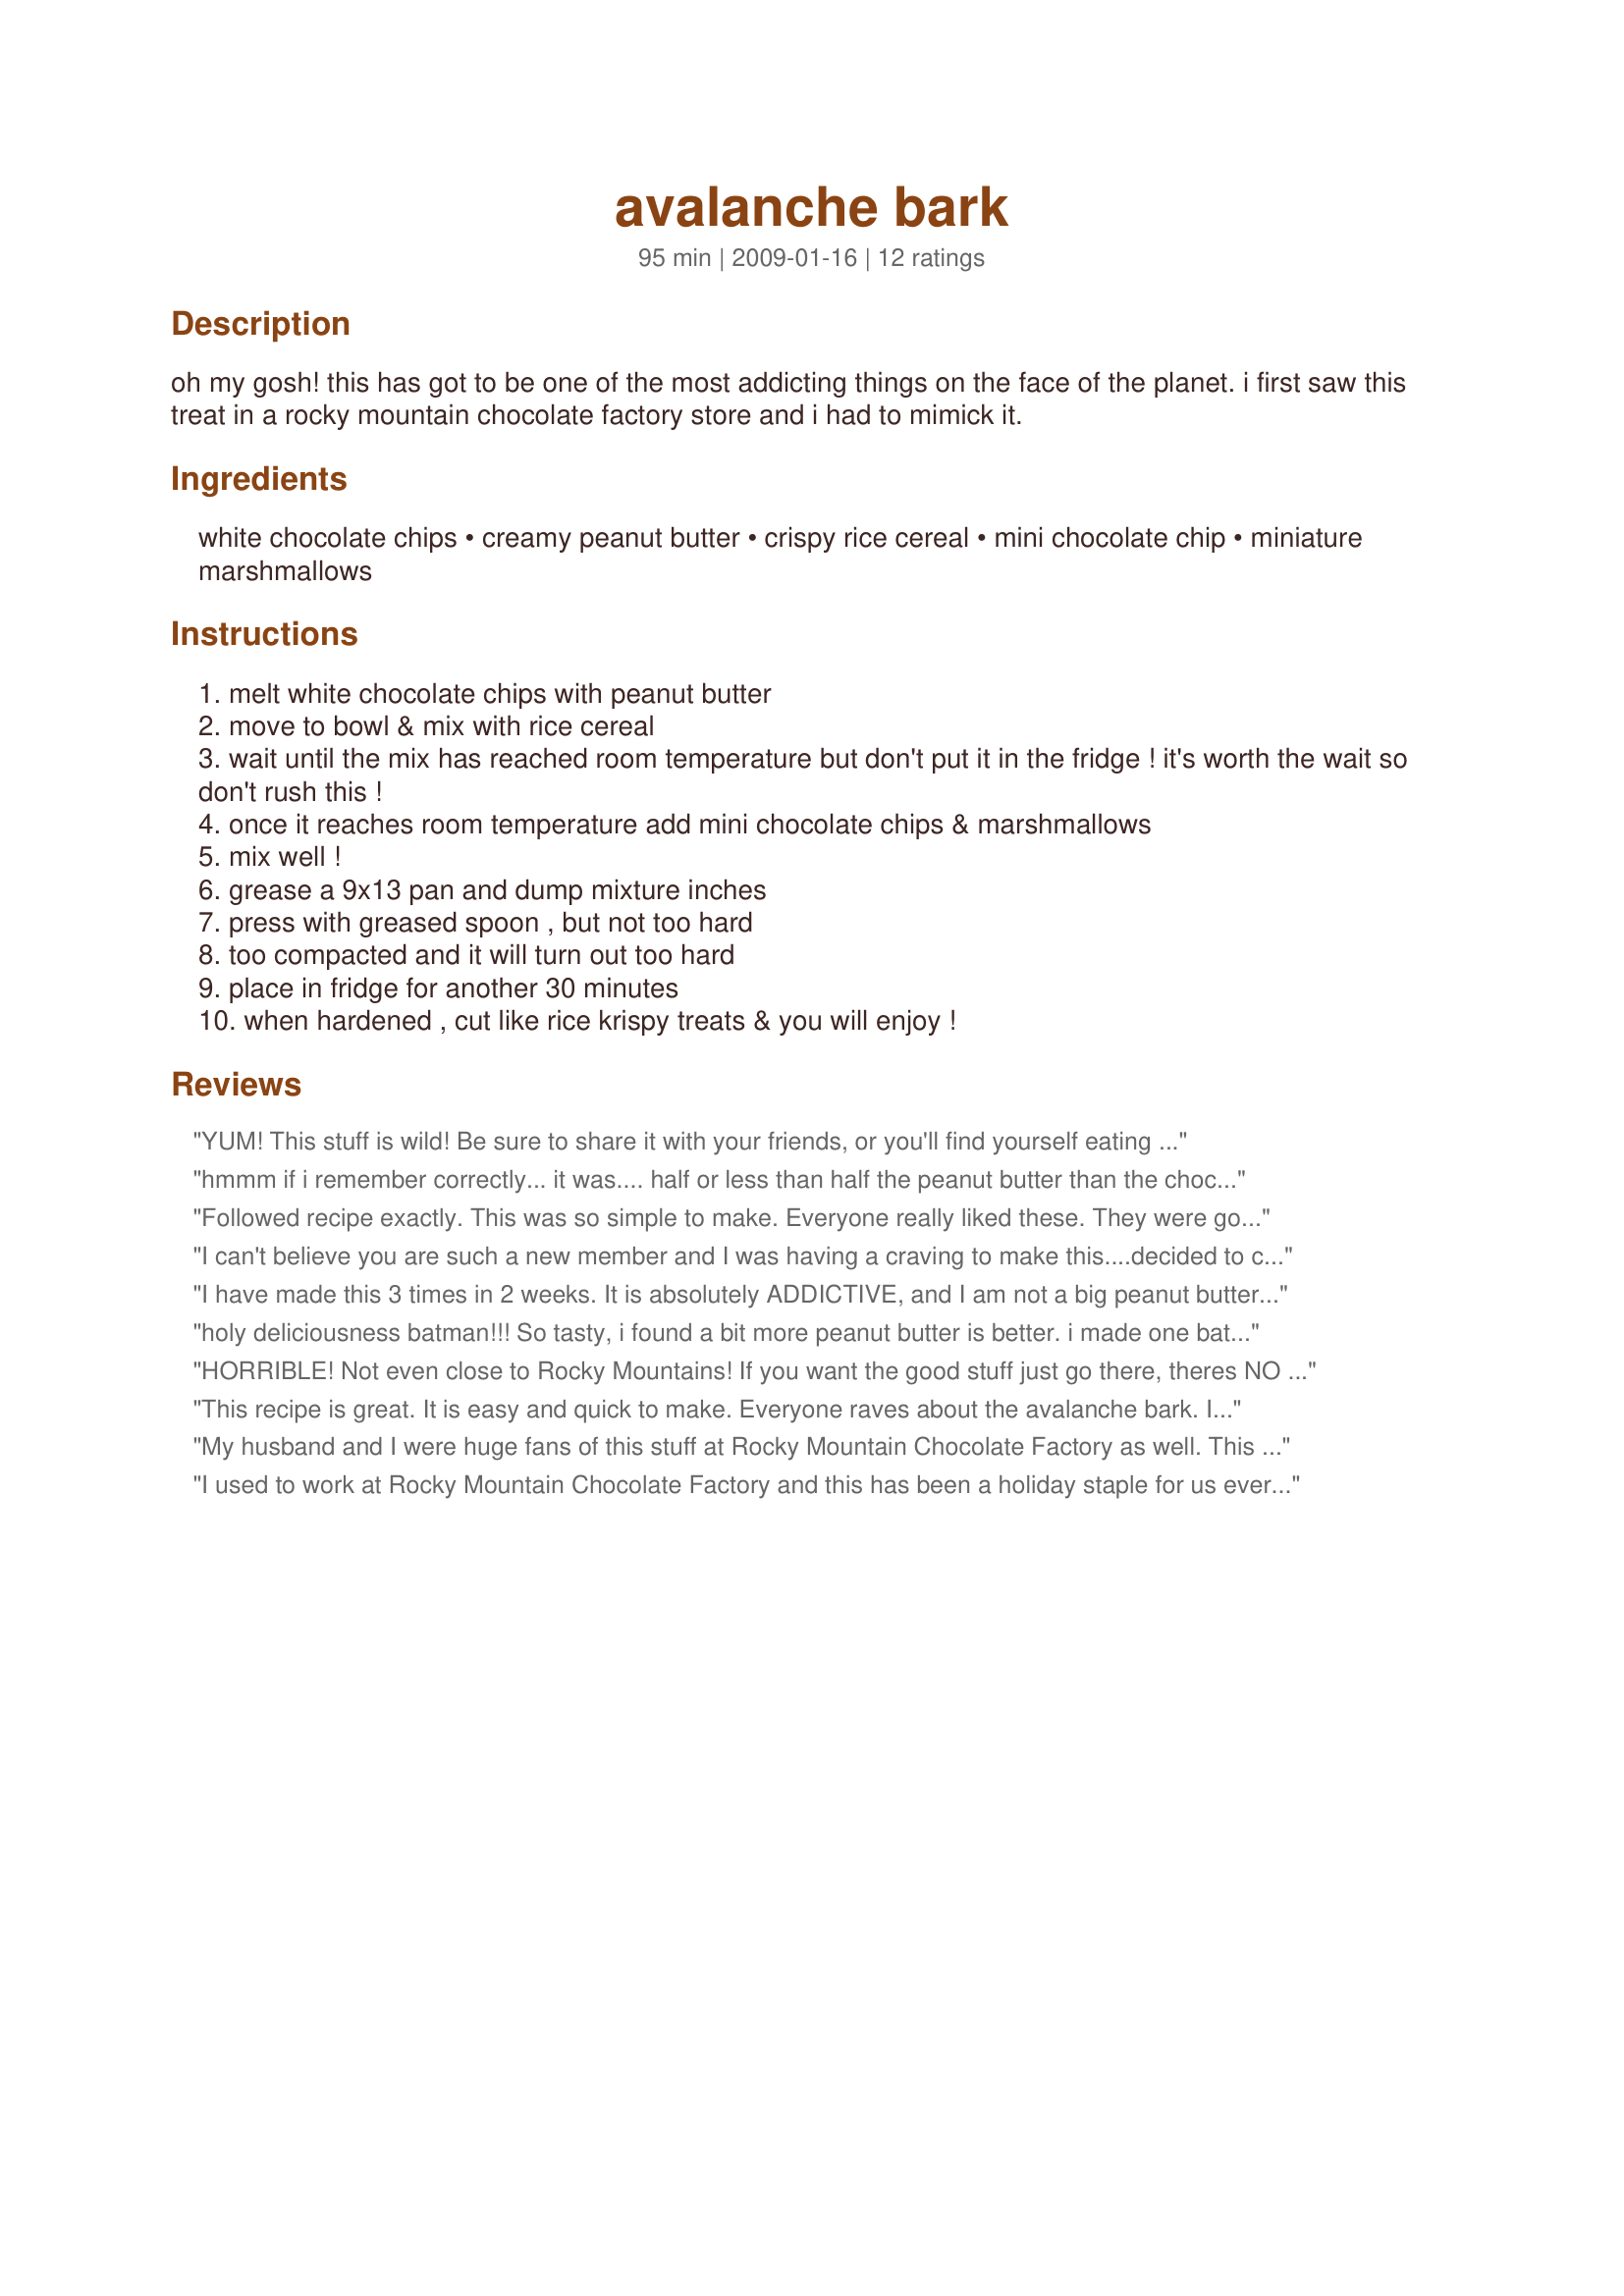
avalanche bark
Preparation time: 95 minutes

oh my gosh! this has got to be one of the most addicting things on the face of the planet. i first saw this treat in a rocky mountain chocolate factory store and i had to mimick it.

Ingredients:
white chocolate chips, creamy peanut butter, crispy rice cereal, mini chocolate chip, miniature marshmallows

Steps:
melt white chocolate chips with peanut butter
move to bowl & mix with rice cereal
wait until the mix has reached room temperature but don't put it in the fridge ! it's worth the wait so don't rush this !
once it reaches room temperature add mini chocolate chips & marshmallows
mix well !
grease a 9x13 pan and dump mixture inches
press with greased spoon , but not too hard
too compacted and it will turn out too hard
place in fridge for another 30 minutes
when hardened , cut like rice krispy treats & you will enjoy !

Reviews:
YUM! This stuff is wild! Be sure to share it with your friends, or you'll find yourself eating the whole pan!!! I used 8 squares of white baking chocolate and 1/3 c of p.b. and sub'd reg chips for the mini ones. I think you could have a lot of fun varying the mix-ins!
hmmm if i remember correctly... it was.... half or less than half the peanut butter than the chocolate.... (like a Lb. of PB using 2.5 or 3 Lb of white choco)... Good try, though... and it didn't take me an hour an a half to make a batch, maybe 45 minutes... and it is better to use a microwave to melt the white chocolate (30 seconds at a time, mixing every time)... when it is melted (be careful not to burn it), then mix the pb (it gets softer because of the heat of the white choco)... and then the rice krispies and the marshmallows and the chips and then put it on some tray with that paper that doesn't stick (sorry, my english is not the best xD).... and save some chips to put on top if you want it as similar to the original as possible..... it dries in, like, 20 minutes?..... that's what i used to do at the store :/
Followed recipe exactly. This was so simple to make. Everyone really liked these. They were gone in no time. I had several comments on how soft these are, compared to regular Rice Krispie Treats. Love the fact that these are quick, easy and delicious. Thanks Katy for a new family favorite.
I can't believe you are such a new member and I was having a craving to make this....decided to come on this site and WALLAH!!! you recently posted this recipe. I used to work in a Rocky Mountain Chocolate Factory store and we had to make a lot of the products...I enjoyed making and licking the bowl on this one.....I never broke down the recipe for makin g at home....it has been years since I worked there...but my daughter just made Rice Krispie Treats and got me craving these and I haven't made them yet ....but I just had to tell you that I think you hit the nail on the head and have all the ingredients and portions seem right on....as I remember we didn't need to refrigerate...they would set up on there own and we would cut them up and wrap in Saran Wrap...weigh them up...price em..and watch them fly out the door!!!
Thank you so much for creating this...This Site Rocks!!!!! I also loved the Tiger Butter too!!! Again thanks!!!
I have made this 3 times in 2 weeks. It is absolutely ADDICTIVE, and I am not a big peanut butter eater. I added pretzels and it was great too. Thanks sooooo much KatyMomma for a wonderful recipe. It is a Christmas (&Thanksgiving) must at my house!
holy deliciousness batman!!! So tasty, i found a bit more peanut butter is better. i made one batch with mini m&m's and then a double batch with regular chocolate chips. yum!!!
HORRIBLE! Not even close to Rocky Mountains! If you want the good stuff just go there, theres NO recipe online that even comes close!
This recipe is great. It is easy and quick to make. Everyone raves about the avalanche bark. I used almond butter for some one that had an allergy to peanut butter, she loved it (so did everyone else).
My husband and I were huge fans of this stuff at Rocky Mountain Chocolate Factory as well. This recipe couldn't be more similar. It is delicious and addicting and super simple.
I used to work at Rocky Mountain Chocolate Factory and this has been a holiday staple for us ever since.

Note to anyone baking this - it's an extremely forgiving recipe. Feel free to play with it, it's almost impossible to ruin!

Some things we did differently in our shop:
Substitute M&M's (Regular size or mini) instead of the mini chocolate chips
Put candy sprinkles on top
Substitute white chocolate bar for the white chocolate chips

You also do not need to wait to add the marshmallows, but will need to wait to add the chocolate chips if using (you will not need to wait to add M&M's)
My husband loves this from the Rocky Mountain Chocolate Factory, so I decided to look it up and this recipe is wonderful! I use a little bit more white chocolate and peanut butter so that it stays together better and is more moist. It's wonderful, easy to make, hard to mess up, and addicting!
This is like crack cocaine......I can't get enough. LOL That's what we call it in our family. Say good bye to Rice Krispie Squares....hello Avalanche Bark! So easy and so yummy! Make sure you wait until it comes to room temp like the recipe says. There is no way you won't like this recipe! We made 4 batches in a week in our family. Yum!
